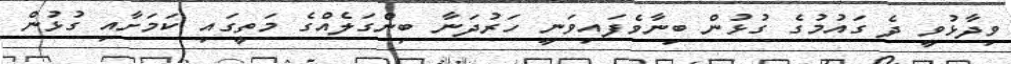
ވިދާޅުވީ ދެ ގައުމުގެ ގުޅުން ބިނާވެފައިވަނީ ހަރުދަނާ ބިންގަލެއްގެ މަތީގައި ކަމަށާއި ގުޅުން